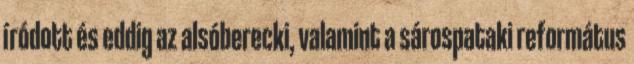
íródott és eddig az alsóberecki, valamint a sárospataki református